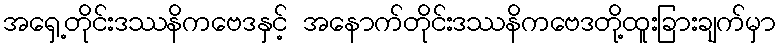
အရှေ့တိုင်းဒဿနိကဗေဒနှင့် အနောက်တိုင်းဒဿနိကဗေဒတို့ထူးခြားချက်မှာ